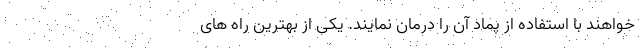
خواهند با استفاده از پماد آن را درمان نمایند. یکی از بهترین راه های